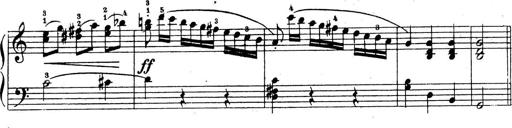
Title: 10 Sonatinas
Composer: Fritz Spindler